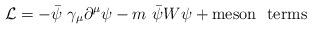
LaTeX: \begin{align*}{\cal{L}}= -\bar{\psi}~\gamma_\mu \partial^\mu \psi - m~\bar{\psi} W \psi +{\rm meson~~ terms}\end{align*}